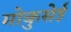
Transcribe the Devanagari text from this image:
मोकुसेई